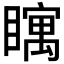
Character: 𪿀